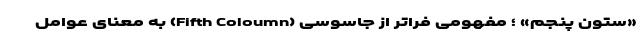
«ستون پنجم» ؛ مفهومی فراتر از جاسوسی (Fifth Coloumn) به معنای عوامل